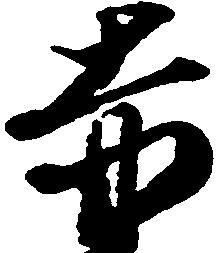
赤